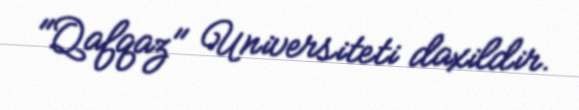
"Qafqaz" Universiteti daxildir.